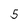
Character: 5